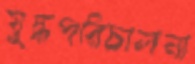
যুদ্ধপরিচালনা